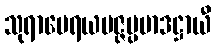
သုရာမေရယမဇ္ဇပ္ပမာဒဋ္ဌာယီ